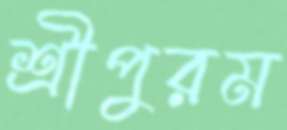
শ্রীপুরম